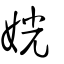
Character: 姯